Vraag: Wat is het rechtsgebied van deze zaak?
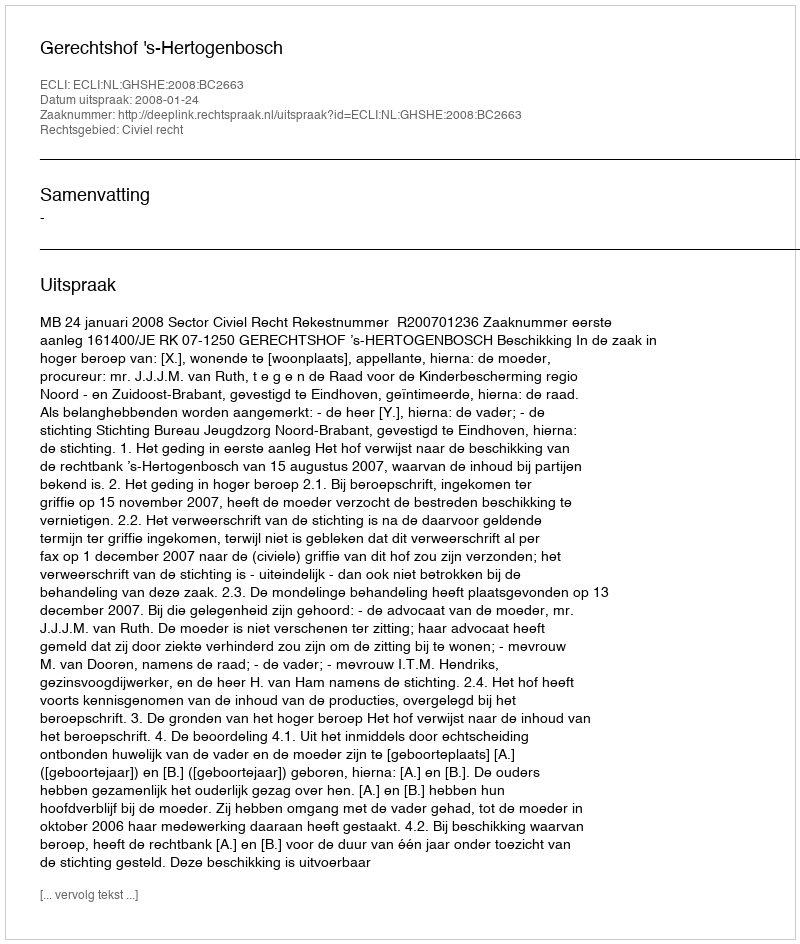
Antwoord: Civiel recht